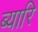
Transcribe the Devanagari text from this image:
ब्यारि